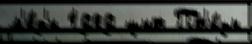
м'е́д'и 1989 щит Пт'и́цы